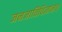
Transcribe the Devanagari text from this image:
जनजातिविज्ञानच